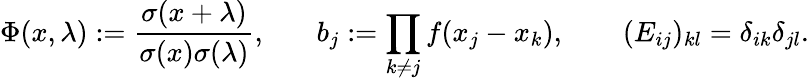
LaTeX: \Phi(x,\lambda):=\frac{\sigma(x+\lambda)}{\sigma(x)\sigma(\lambda)},\mathrm{~\ \ \ \ ~}\ b_{j}:=\prod_{k\neq j}f(x_{j}-x_{k}),\ \ \ \mathrm{~\ \ \ ~}(E_{ij})_{kl}=\delta_{ik}\delta_{jl}.